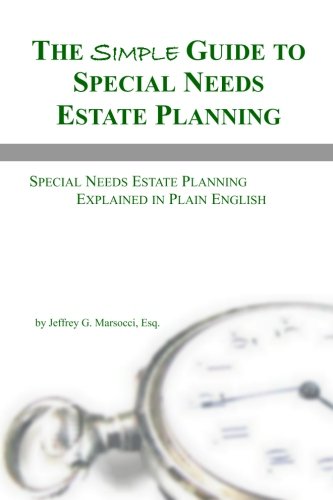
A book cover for The Simple Guide to Special Needs Estate Planning: Special Needs Estate Planning Explained in Plain English; Jeffrey G Marsocci Esq.; Law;